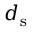
d _ { \mathrm { { s } } }